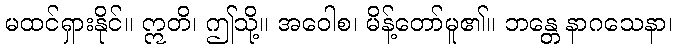
မထင်ရှားနိုင်။ ဣတိ၊ ဤသို့။ အဝေါစ၊ မိန့်တော်မူ၏။ ဘန္တေ နာဂသေနာ၊